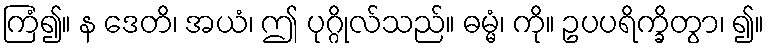
ကြံ၍။ န ဒေတိ၊ အယံ၊ ဤ ပုဂ္ဂိုလ်သည်။ ဓမ္မံ၊ ကို။ ဥပပရိက္ခိတွာ၊ ၍။